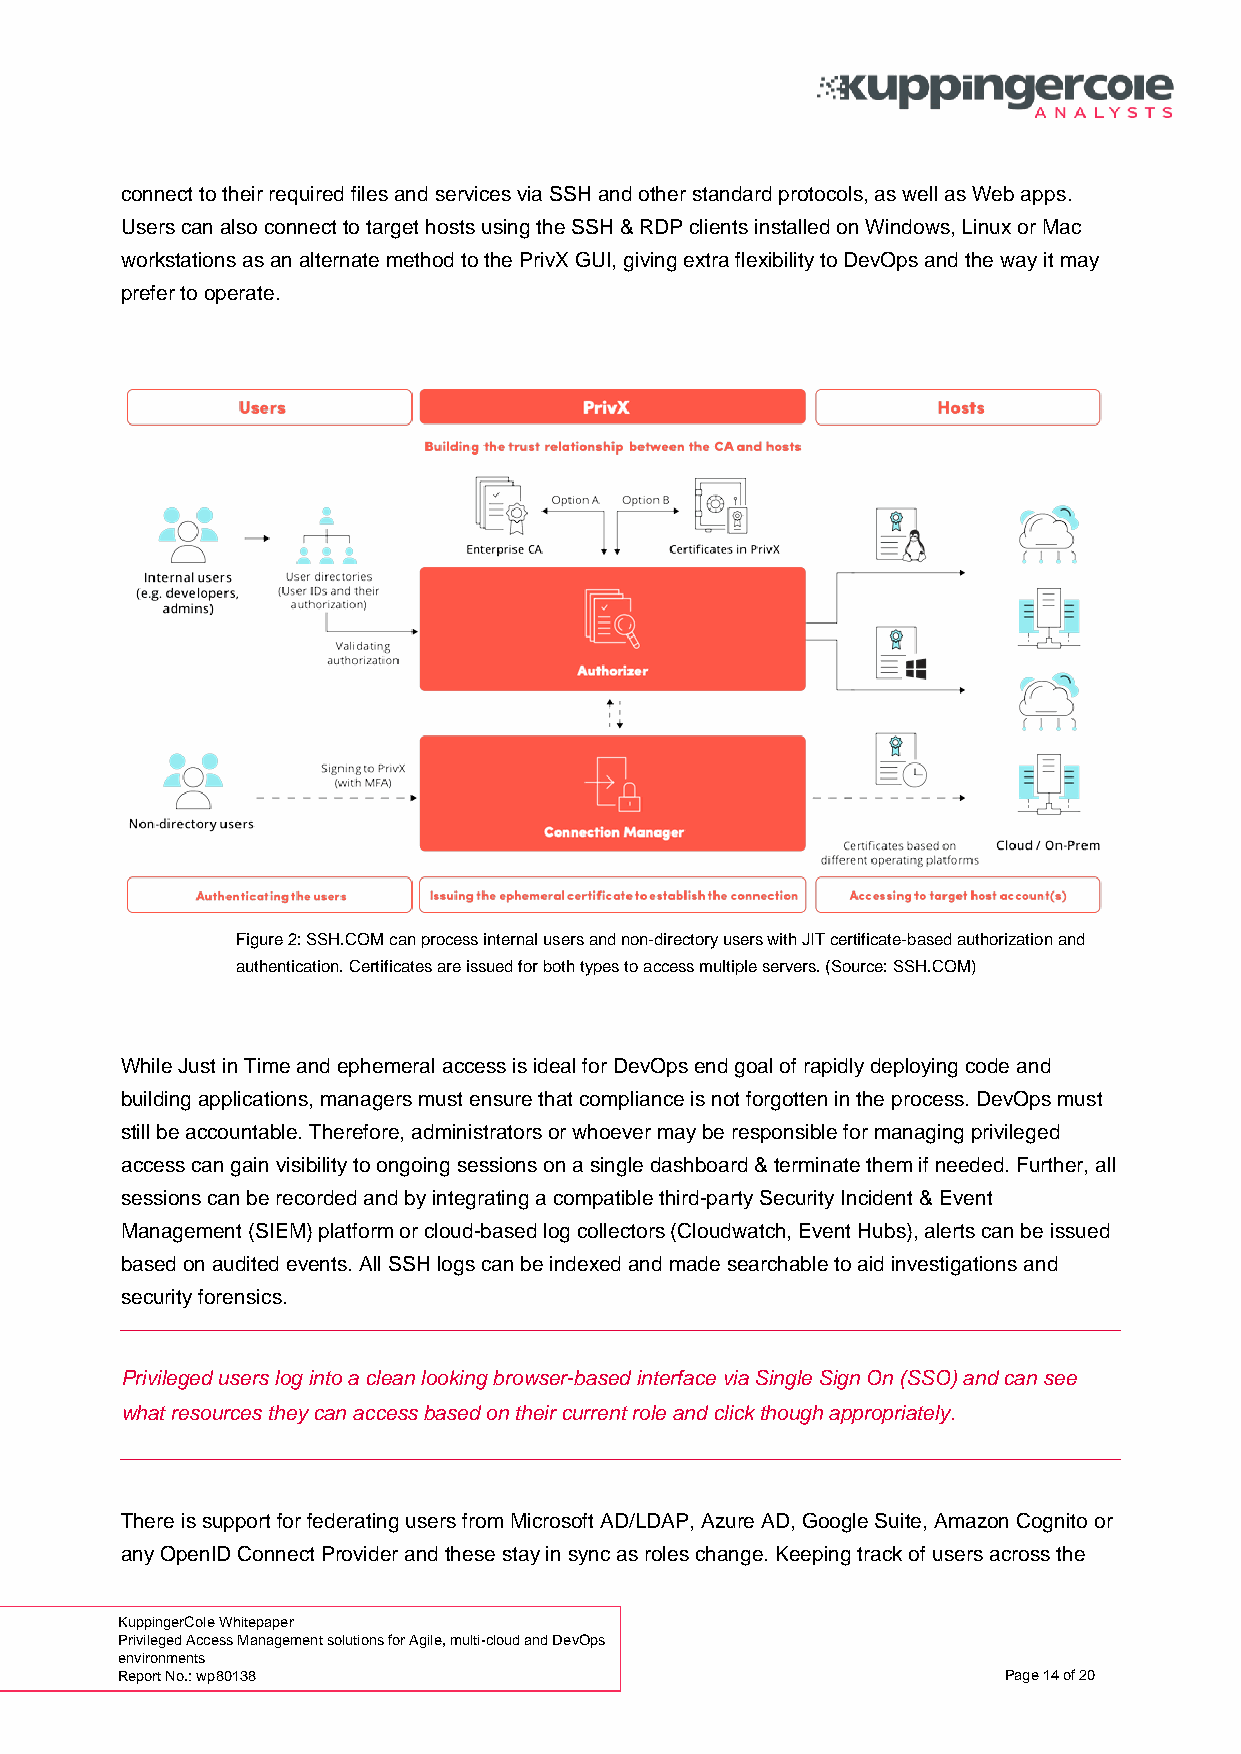
connect to their required files and services via SSH and other standard protocols, as well as Web apps.
 Users can also connect to target hosts using the SSH & RDP clients installed on Windows, Linux or Mac
 workstations as an alternate method to the PrivX GUI, giving extra flexibility to DevOps and the way it may
 prefer to operate.
 Figure 2: SSH.COM can process internal users and non-directory users with JIT certificate-based authorization and
 authentication. Certificates are issued for both types to access multiple servers. (Source: SSH.COM)
 While Just in Time and ephemeral access is ideal for DevOps end goal of rapidly deploying code and
 building applications, managers must ensure that compliance is not forgotten in the process. DevOps must
 still be accountable. Therefore, administrators or whoever may be responsible for managing privileged
 access can gain visibility to ongoing sessions on a single dashboard & terminate them if needed. Further, all
 sessions can be recorded and by integrating a compatible third-party Security Incident & Event
 Management (SIEM) platform or cloud-based log collectors (Cloudwatch, Event Hubs), alerts can be issued
 based on audited events. All SSH logs can be indexed and made searchable to aid investigations and
 security forensics.
 Privileged users log into a clean looking browser-based interface via Single Sign On (SSO) and can see
 what resources they can access based on their current role and click though appropriately.
 There is support for federating users from Microsoft AD/LDAP, Azure AD, Google Suite, Amazon Cognito or
 any OpenID Connect Provider and these stay in sync as roles change. Keeping track of users across the
 KuppingerCole Whitepaper
 Privileged Access Management solutions for Agile, multi-cloud and DevOps
 environments
 Report No.: wp80138                                       Page 14 of 20